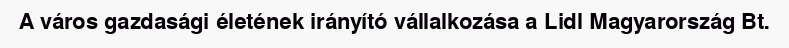
A város gazdasági életének irányító vállalkozása a Lidl Magyarország Bt.